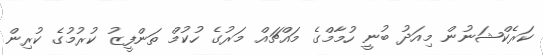
ކަރެކްޝަނުން މިއަދު ބުނީ ހުމާމްގެ މައްޗައް މަރުގެ ހުކުމް ތަންފީޒު ކުރުމުގެ ކުރިން